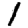
Digit: 1